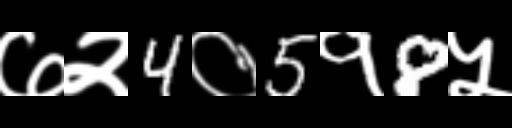
Text: ७२4०5१8५